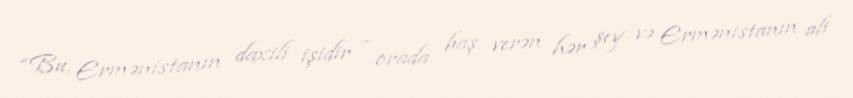
“Bu, Ermənistanın daxili işidir – orada baş verən hər şey və Ermənistanın ali